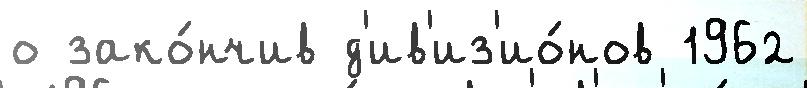
о зако́нчив д'ив'из'ио́нов 1962